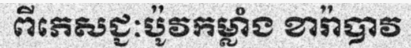
ពីភេសជ្ជៈប៉ូវកម្លាំង ខារ៉ាបាវ